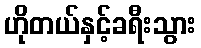
ဟိုတယ်နှင့်ခရီးသွား